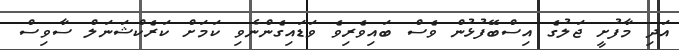
އަދި މާފުށީ ޖަލުގެ އިސްބޭފުޅުން ވެސް ބައިވެރިވެ ވަޑައިގެންނެވި ކަމަށް ކަރެކްޝަނަލް ސާވިސް